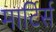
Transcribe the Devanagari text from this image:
मार्टिर्स